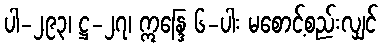
ပါ-၂၉၃၊ ဋ္ဌ-၂၇၊ ဣန္ဒြေ ၆-ပါး မစောင့်စည်းလျှင်